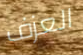
العزف